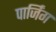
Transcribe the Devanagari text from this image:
पार्जिंग